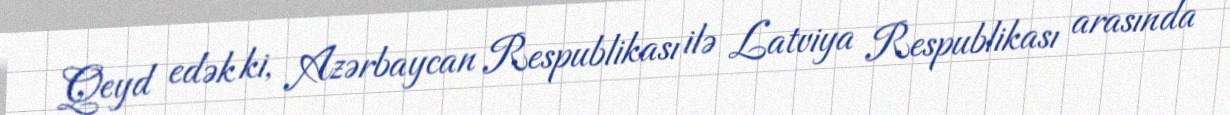
Qeyd edək ki, Azərbaycan Respublikası ilə Latviya Respublikası arasında